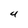
Character: 4